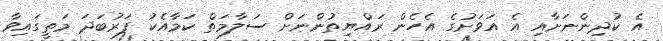
އެ ކުދިންނަށާއި އެ އަވަށުގެ އެހެން ރައްޔިތުންނަށް ސަލާމަތް ކަމާއެކު ފަރުބަދަ މަތީގައިވާ